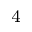
^ { 4 }